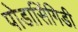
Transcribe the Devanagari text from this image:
पोडासिंगिडी